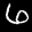
Label: 6